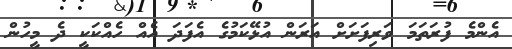
އެންމެ ފުރަތަމަ ވަރިފަށަށް އަރަން އުޅޭކަމުގެ އެފަދަ އެއް ހެއްކަކީ ދެ މީހުން